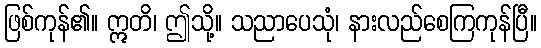
ဖြစ်ကုန်၏။ ဣတိ၊ ဤသို့။ သညာပေသုံ၊ နားလည်စေကြကုန်ပြီ။